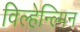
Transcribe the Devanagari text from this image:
विल्हेन्ल्मिन